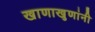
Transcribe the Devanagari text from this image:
खाणाखुणांनी